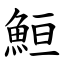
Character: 䱎